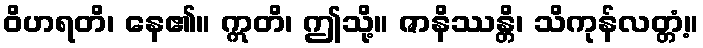
ဝိဟရတိ၊ နေ၏။ ဣတိ၊ ဤသို့။ ဇာနိဿန္တိ၊ သိကုန်လတ္တံ့။